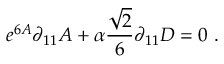
e ^ { 6 A } \partial _ { 1 1 } A + \alpha { \frac { \sqrt { 2 } } { 6 } } \partial _ { 1 1 } D = 0 \ .